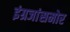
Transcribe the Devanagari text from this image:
इंग्रजांसमोर